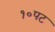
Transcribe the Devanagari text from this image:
१०पट